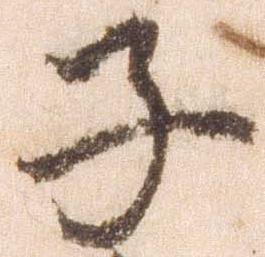
子